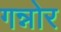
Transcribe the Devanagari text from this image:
गन्नोर